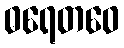
ဓရေတဝေ